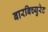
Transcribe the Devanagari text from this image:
बारबिच्युरेट